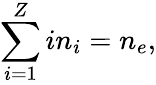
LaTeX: \sum_{i=1}^{Z}in_{i}=n_{e},